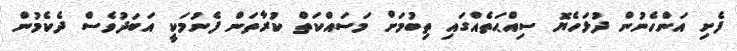
ފެށި އަންހެނުން ދުޅަހެޔޮ ސިއްޙަތެއްގައި ތިބުމަށް މަސައްކަތް ކުރާތަން ފެނުމަކީ އަބަދުވެސް ދެކެމުން